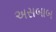
અસબાબ